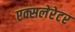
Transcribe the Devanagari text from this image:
एक्सलेरेटर